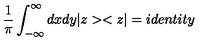
\frac { 1 } { \pi } \int _ { - \infty } ^ { \infty } d x d y | z > < z | = i d e n t i t y